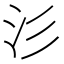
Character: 𣲀